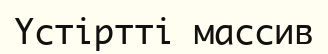
Үстіртті массив